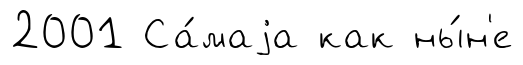
2001 Са́маjа как ны́н'е